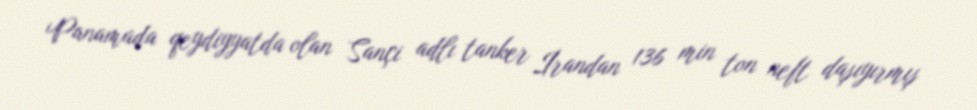
Panamada qeydiyyatda olan Sançi adlı tanker İrandan 136 min ton neft daşıyırmış